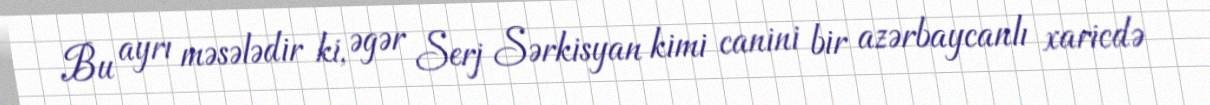
Bu ayrı məsələdir ki, əgər Serj Sərkisyan kimi canini bir azərbaycanlı xaricdə